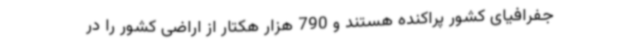
جفرافیای کشور پراکنده هستند و 790 هزار هکتار از اراضی کشور را در